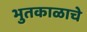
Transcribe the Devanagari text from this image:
भुतकाळाचे